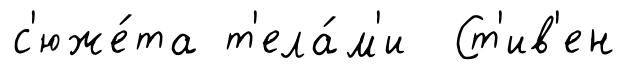
с'юже́та т'ела́м'и Ст'ив'ен